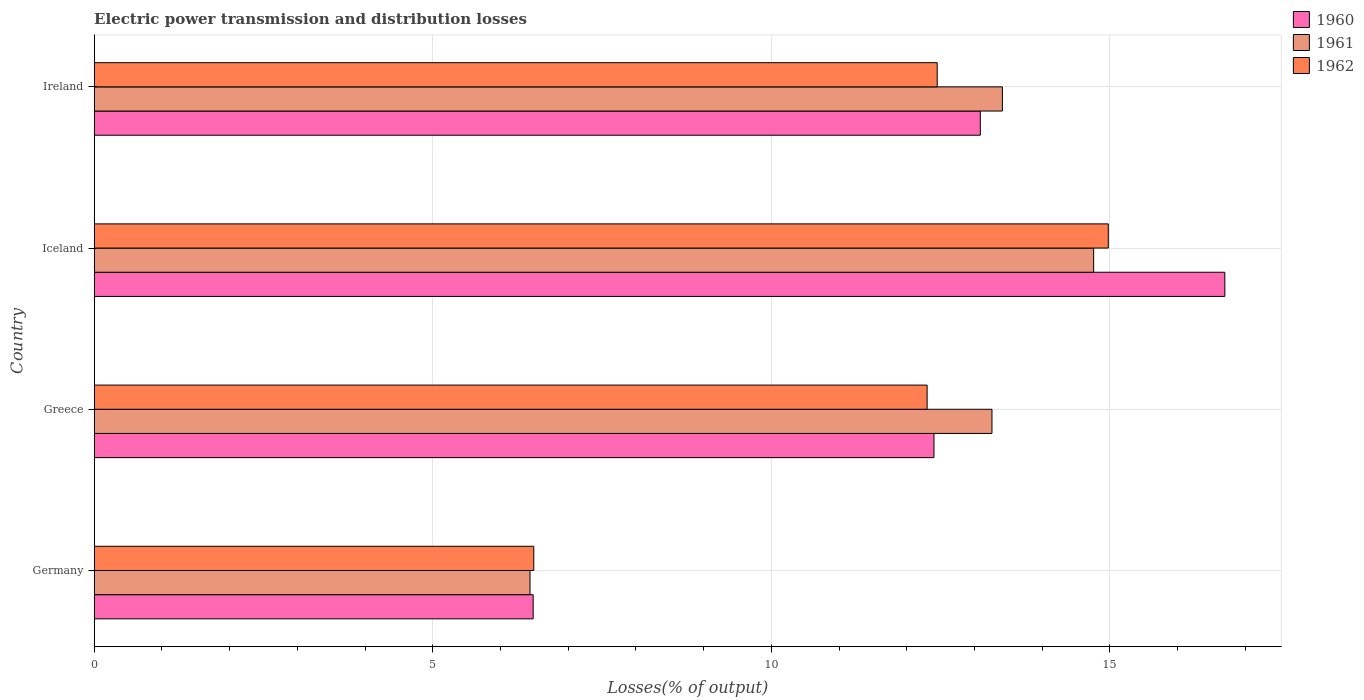
| Country | 1960 | 1961 | 1962 |
 | --- | --- | --- | --- |
 | Germany | 6.48 | 6.44 | 6.49 |
 | Greece | 12.4 | 13.3 | 12.3 |
 | Iceland | 16.7 | 14.8 | 15 |
 | Ireland | 13.1 | 13.4 | 12.4 |